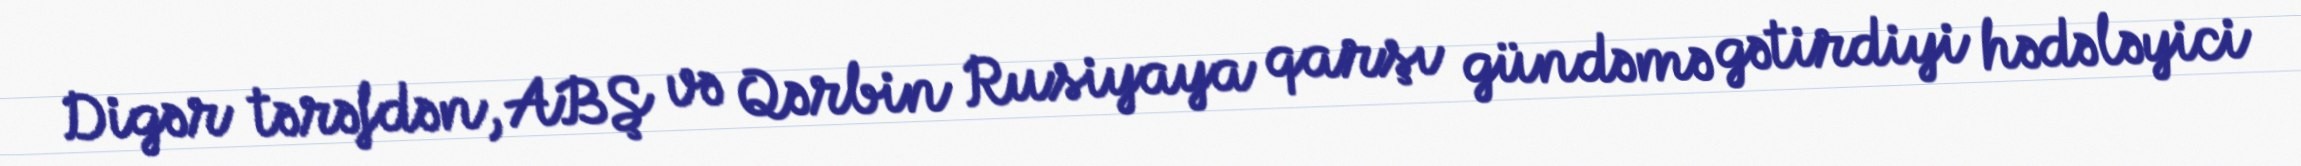
Digər tərəfdən, ABŞ və Qərbin Rusiyaya qarşı gündəmə gətirdiyi hədələyici